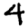
Digit: 4